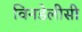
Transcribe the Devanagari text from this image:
विनडेलीसी